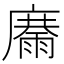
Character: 𩃽